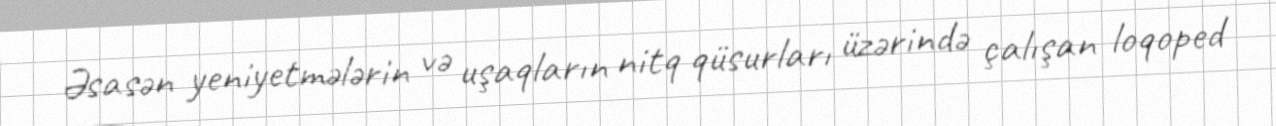
Əsasən yeniyetmələrin və uşaqların nitq qüsurları üzərində çalışan loqoped